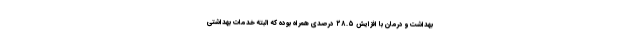
بهداشت و درمان با افزایش ۲۸.۵ درصدی همراه بوده که البته خدمات بهداشتی